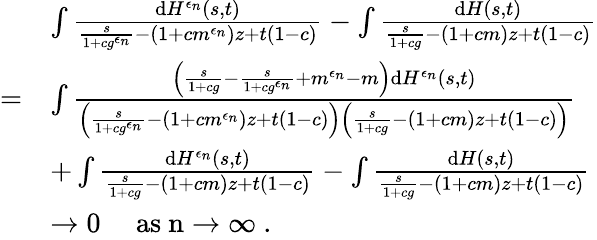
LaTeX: \begin{array}{rl}&{\int\frac{\mathrm{d}H^{\epsilon_{n}}(s,t)}{\frac{s}{1+cg^{\epsilon_{n}}}-(1+cm^{\epsilon_{n}})z+t(1-c)}-\int\frac{\mathrm{d}H(s,t)}{\frac{s}{1+cg}-(1+cm)z+t(1-c)}}\\ {=}&{\int\frac{\left(\frac{s}{1+cg}-\frac{s}{1+cg^{\epsilon_{n}}}+m^{\epsilon_{n}}-m\right)\mathrm{d}H^{\epsilon_{n}}(s,t)}{\left(\frac{s}{1+cg^{\epsilon_{n}}}-(1+cm^{\epsilon_{n}})z+t(1-c)\right)\left(\frac{s}{1+cg}-(1+cm)z+t(1-c)\right)}}\\ &{+\int\frac{\mathrm{d}H^{\epsilon_{n}}(s,t)}{\frac{s}{1+cg}-(1+cm)z+t(1-c)}-\int\frac{\mathrm{d}H(s,t)}{\frac{s}{1+cg}-(1+cm)z+t(1-c)}}\\ &{\to 0\quad\mathrm{~as~n\to\infty~}.}\end{array}